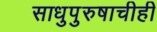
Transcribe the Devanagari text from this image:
साधुपुरुषाचीही